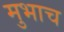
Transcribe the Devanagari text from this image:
मुभाच